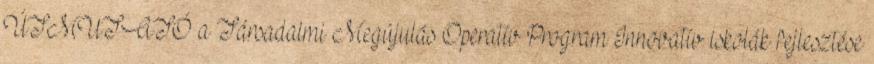
ÚTMUTATÓ a Társadalmi Megújulás Operatív Program Innovatív iskolák fejlesztése